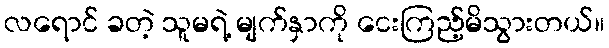
လရောင် ခတဲ့ သူမရဲ့ မျက်နှာကို ငေးကြည့်မိသွားတယ်။